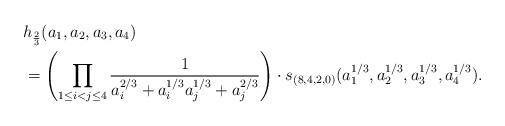
LaTeX: \begin{align*}&h_{\frac{2}{3}}(a_1,a_2,a_3,a_4)\\ &= \left( \prod_{1 \leq i < j \leq 4} \frac{1}{a_i^{2/3}+a_i^{1/3}a_j^{1/3}+a_j^{2/3}} \right) \cdot s_{(8,4,2,0)}(a_1^{1/3},a_2^{1/3},a_3^{1/3},a_4^{1/3}).\end{align*}